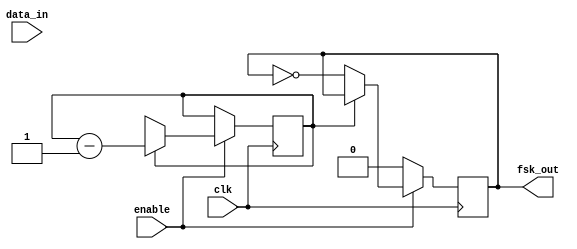
module Modulator(
    input enable,       // ʹź
    input clk,          // ʱӣ50MHz
    input data_in,      // 
    output reg fsk_out // FSK
);

initial begin
	fsk_out = 0;
end

// ɻź
always @(posedge clk) begin
    if (enable) begin
		counter_bit <= counter_bit - 1'b1;
		if (counter_bit == 8'b0) begin
			counter_bit <= arr;
			fsk_out <= ~fsk_out;
		end
	end else begin
		fsk_out <= 0;
	end
end

endmodule